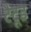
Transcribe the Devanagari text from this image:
टैटूड